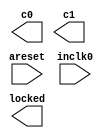
// megafunction wizard: %ALTPLL%VBB%
// GENERATION: STANDARD
// VERSION: WM1.0
// MODULE: altpll 

// ============================================================
// Megafunction Name(s):
// 			altpll
//
// Simulation Library Files(s):
// 			altera_mf
// ============================================================
// ************************************************************
// THIS IS A WIZARD-GENERATED FILE. DO NOT EDIT THIS FILE!
//
// 11.1 Build 173 11/01/2011 SJ Full Version
// ************************************************************

//Copyright (C) 1991-2011 Altera Corporation
//Your use of Altera Corporation's design tools, logic functions 
//and other software and tools, and its AMPP partner logic 
//functions, and any output files from any of the foregoing 
//(including device programming or simulation files), and any 
//associated documentation or information are expressly subject 
//to the terms and conditions of the Altera Program License 
//Subscription Agreement, Altera MegaCore Function License 
//Agreement, or other applicable license agreement, including, 
//without limitation, that your use is for the sole purpose of 
//programming logic devices manufactured by Altera and sold by 
//Altera or its authorized distributors.  Please refer to the 
//applicable agreement for further details.

module pll_clocks (
	areset,
	inclk0,
	c0,
	c1,
	locked);

	input	  areset;
	input	  inclk0;
	output	  c0;
	output	  c1;
	output	  locked;
`ifndef ALTERA_RESERVED_QIS
// synopsys translate_off
`endif
	tri0	  areset;
`ifndef ALTERA_RESERVED_QIS
// synopsys translate_on
`endif

endmodule

// ============================================================
// CNX file retrieval info
// ============================================================
// Retrieval info: PRIVATE: ACTIVECLK_CHECK STRING "0"
// Retrieval info: PRIVATE: BANDWIDTH STRING "1.000"
// Retrieval info: PRIVATE: BANDWIDTH_FEATURE_ENABLED STRING "1"
// Retrieval info: PRIVATE: BANDWIDTH_FREQ_UNIT STRING "MHz"
// Retrieval info: PRIVATE: BANDWIDTH_PRESET STRING "Low"
// Retrieval info: PRIVATE: BANDWIDTH_USE_AUTO STRING "1"
// Retrieval info: PRIVATE: BANDWIDTH_USE_PRESET STRING "0"
// Retrieval info: PRIVATE: CLKBAD_SWITCHOVER_CHECK STRING "0"
// Retrieval info: PRIVATE: CLKLOSS_CHECK STRING "0"
// Retrieval info: PRIVATE: CLKSWITCH_CHECK STRING "0"
// Retrieval info: PRIVATE: CNX_NO_COMPENSATE_RADIO STRING "0"
// Retrieval info: PRIVATE: CREATE_CLKBAD_CHECK STRING "0"
// Retrieval info: PRIVATE: CREATE_INCLK1_CHECK STRING "0"
// Retrieval info: PRIVATE: CUR_DEDICATED_CLK STRING "c0"
// Retrieval info: PRIVATE: CUR_FBIN_CLK STRING "c0"
// Retrieval info: PRIVATE: DEVICE_SPEED_GRADE STRING "Any"
// Retrieval info: PRIVATE: DIV_FACTOR0 NUMERIC "1"
// Retrieval info: PRIVATE: DIV_FACTOR1 NUMERIC "1"
// Retrieval info: PRIVATE: DUTY_CYCLE0 STRING "50.00000000"
// Retrieval info: PRIVATE: DUTY_CYCLE1 STRING "50.00000000"
// Retrieval info: PRIVATE: EFF_OUTPUT_FREQ_VALUE0 STRING "100.000000"
// Retrieval info: PRIVATE: EFF_OUTPUT_FREQ_VALUE1 STRING "50.000000"
// Retrieval info: PRIVATE: EXPLICIT_SWITCHOVER_COUNTER STRING "0"
// Retrieval info: PRIVATE: EXT_FEEDBACK_RADIO STRING "0"
// Retrieval info: PRIVATE: GLOCKED_COUNTER_EDIT_CHANGED STRING "1"
// Retrieval info: PRIVATE: GLOCKED_FEATURE_ENABLED STRING "0"
// Retrieval info: PRIVATE: GLOCKED_MODE_CHECK STRING "0"
// Retrieval info: PRIVATE: GLOCK_COUNTER_EDIT NUMERIC "1048575"
// Retrieval info: PRIVATE: HAS_MANUAL_SWITCHOVER STRING "1"
// Retrieval info: PRIVATE: INCLK0_FREQ_EDIT STRING "100.000"
// Retrieval info: PRIVATE: INCLK0_FREQ_UNIT_COMBO STRING "MHz"
// Retrieval info: PRIVATE: INCLK1_FREQ_EDIT STRING "100.000"
// Retrieval info: PRIVATE: INCLK1_FREQ_EDIT_CHANGED STRING "1"
// Retrieval info: PRIVATE: INCLK1_FREQ_UNIT_CHANGED STRING "1"
// Retrieval info: PRIVATE: INCLK1_FREQ_UNIT_COMBO STRING "MHz"
// Retrieval info: PRIVATE: INTENDED_DEVICE_FAMILY STRING "Stratix IV"
// Retrieval info: PRIVATE: INT_FEEDBACK__MODE_RADIO STRING "1"
// Retrieval info: PRIVATE: LOCKED_OUTPUT_CHECK STRING "1"
// Retrieval info: PRIVATE: LONG_SCAN_RADIO STRING "1"
// Retrieval info: PRIVATE: LVDS_MODE_DATA_RATE STRING "Not Available"
// Retrieval info: PRIVATE: LVDS_MODE_DATA_RATE_DIRTY NUMERIC "0"
// Retrieval info: PRIVATE: LVDS_PHASE_SHIFT_UNIT0 STRING "deg"
// Retrieval info: PRIVATE: LVDS_PHASE_SHIFT_UNIT1 STRING "deg"
// Retrieval info: PRIVATE: MIG_DEVICE_SPEED_GRADE STRING "Any"
// Retrieval info: PRIVATE: MULT_FACTOR0 NUMERIC "1"
// Retrieval info: PRIVATE: MULT_FACTOR1 NUMERIC "1"
// Retrieval info: PRIVATE: NORMAL_MODE_RADIO STRING "1"
// Retrieval info: PRIVATE: OUTPUT_FREQ0 STRING "100.00000000"
// Retrieval info: PRIVATE: OUTPUT_FREQ1 STRING "50.00000000"
// Retrieval info: PRIVATE: OUTPUT_FREQ_MODE0 STRING "1"
// Retrieval info: PRIVATE: OUTPUT_FREQ_MODE1 STRING "1"
// Retrieval info: PRIVATE: OUTPUT_FREQ_UNIT0 STRING "MHz"
// Retrieval info: PRIVATE: OUTPUT_FREQ_UNIT1 STRING "MHz"
// Retrieval info: PRIVATE: PHASE_RECONFIG_FEATURE_ENABLED STRING "1"
// Retrieval info: PRIVATE: PHASE_RECONFIG_INPUTS_CHECK STRING "0"
// Retrieval info: PRIVATE: PHASE_SHIFT0 STRING "0.00000000"
// Retrieval info: PRIVATE: PHASE_SHIFT1 STRING "0.00000000"
// Retrieval info: PRIVATE: PHASE_SHIFT_STEP_ENABLED_CHECK STRING "0"
// Retrieval info: PRIVATE: PHASE_SHIFT_UNIT0 STRING "deg"
// Retrieval info: PRIVATE: PHASE_SHIFT_UNIT1 STRING "deg"
// Retrieval info: PRIVATE: PLL_ADVANCED_PARAM_CHECK STRING "0"
// Retrieval info: PRIVATE: PLL_ARESET_CHECK STRING "1"
// Retrieval info: PRIVATE: PLL_AUTOPLL_CHECK NUMERIC "1"
// Retrieval info: PRIVATE: PLL_ENHPLL_CHECK NUMERIC "0"
// Retrieval info: PRIVATE: PLL_FASTPLL_CHECK NUMERIC "0"
// Retrieval info: PRIVATE: PLL_FBMIMIC_CHECK STRING "0"
// Retrieval info: PRIVATE: PLL_LVDS_PLL_CHECK NUMERIC "0"
// Retrieval info: PRIVATE: PLL_PFDENA_CHECK STRING "0"
// Retrieval info: PRIVATE: PLL_TARGET_HARCOPY_CHECK NUMERIC "0"
// Retrieval info: PRIVATE: PRIMARY_CLK_COMBO STRING "inclk0"
// Retrieval info: PRIVATE: RECONFIG_FILE STRING "pll_clocks.mif"
// Retrieval info: PRIVATE: SACN_INPUTS_CHECK STRING "0"
// Retrieval info: PRIVATE: SCAN_FEATURE_ENABLED STRING "1"
// Retrieval info: PRIVATE: SELF_RESET_LOCK_LOSS STRING "0"
// Retrieval info: PRIVATE: SHORT_SCAN_RADIO STRING "0"
// Retrieval info: PRIVATE: SPREAD_FEATURE_ENABLED STRING "0"
// Retrieval info: PRIVATE: SPREAD_FREQ STRING "50.000"
// Retrieval info: PRIVATE: SPREAD_FREQ_UNIT STRING "KHz"
// Retrieval info: PRIVATE: SPREAD_PERCENT STRING "0.500"
// Retrieval info: PRIVATE: SPREAD_USE STRING "0"
// Retrieval info: PRIVATE: SRC_SYNCH_COMP_RADIO STRING "0"
// Retrieval info: PRIVATE: STICKY_CLK0 STRING "1"
// Retrieval info: PRIVATE: STICKY_CLK1 STRING "1"
// Retrieval info: PRIVATE: SWITCHOVER_COUNT_EDIT NUMERIC "1"
// Retrieval info: PRIVATE: SWITCHOVER_FEATURE_ENABLED STRING "1"
// Retrieval info: PRIVATE: SYNTH_WRAPPER_GEN_POSTFIX STRING "0"
// Retrieval info: PRIVATE: USE_CLK0 STRING "1"
// Retrieval info: PRIVATE: USE_CLK1 STRING "1"
// Retrieval info: PRIVATE: USE_MIL_SPEED_GRADE NUMERIC "0"
// Retrieval info: PRIVATE: ZERO_DELAY_RADIO STRING "0"
// Retrieval info: LIBRARY: altera_mf altera_mf.altera_mf_components.all
// Retrieval info: CONSTANT: BANDWIDTH_TYPE STRING "AUTO"
// Retrieval info: CONSTANT: CLK0_DIVIDE_BY NUMERIC "1"
// Retrieval info: CONSTANT: CLK0_DUTY_CYCLE NUMERIC "50"
// Retrieval info: CONSTANT: CLK0_MULTIPLY_BY NUMERIC "1"
// Retrieval info: CONSTANT: CLK0_PHASE_SHIFT STRING "0"
// Retrieval info: CONSTANT: CLK1_DIVIDE_BY NUMERIC "2"
// Retrieval info: CONSTANT: CLK1_DUTY_CYCLE NUMERIC "50"
// Retrieval info: CONSTANT: CLK1_MULTIPLY_BY NUMERIC "1"
// Retrieval info: CONSTANT: CLK1_PHASE_SHIFT STRING "0"
// Retrieval info: CONSTANT: COMPENSATE_CLOCK STRING "CLK0"
// Retrieval info: CONSTANT: INCLK0_INPUT_FREQUENCY NUMERIC "10000"
// Retrieval info: CONSTANT: INTENDED_DEVICE_FAMILY STRING "Stratix IV"
// Retrieval info: CONSTANT: LPM_TYPE STRING "altpll"
// Retrieval info: CONSTANT: OPERATION_MODE STRING "NORMAL"
// Retrieval info: CONSTANT: PLL_TYPE STRING "AUTO"
// Retrieval info: CONSTANT: PORT_ACTIVECLOCK STRING "PORT_UNUSED"
// Retrieval info: CONSTANT: PORT_ARESET STRING "PORT_USED"
// Retrieval info: CONSTANT: PORT_CLKBAD0 STRING "PORT_UNUSED"
// Retrieval info: CONSTANT: PORT_CLKBAD1 STRING "PORT_UNUSED"
// Retrieval info: CONSTANT: PORT_CLKLOSS STRING "PORT_UNUSED"
// Retrieval info: CONSTANT: PORT_CLKSWITCH STRING "PORT_UNUSED"
// Retrieval info: CONSTANT: PORT_CONFIGUPDATE STRING "PORT_UNUSED"
// Retrieval info: CONSTANT: PORT_FBIN STRING "PORT_UNUSED"
// Retrieval info: CONSTANT: PORT_FBOUT STRING "PORT_UNUSED"
// Retrieval info: CONSTANT: PORT_INCLK0 STRING "PORT_USED"
// Retrieval info: CONSTANT: PORT_INCLK1 STRING "PORT_UNUSED"
// Retrieval info: CONSTANT: PORT_LOCKED STRING "PORT_USED"
// Retrieval info: CONSTANT: PORT_PFDENA STRING "PORT_UNUSED"
// Retrieval info: CONSTANT: PORT_PHASECOUNTERSELECT STRING "PORT_UNUSED"
// Retrieval info: CONSTANT: PORT_PHASEDONE STRING "PORT_UNUSED"
// Retrieval info: CONSTANT: PORT_PHASESTEP STRING "PORT_UNUSED"
// Retrieval info: CONSTANT: PORT_PHASEUPDOWN STRING "PORT_UNUSED"
// Retrieval info: CONSTANT: PORT_PLLENA STRING "PORT_UNUSED"
// Retrieval info: CONSTANT: PORT_SCANACLR STRING "PORT_UNUSED"
// Retrieval info: CONSTANT: PORT_SCANCLK STRING "PORT_UNUSED"
// Retrieval info: CONSTANT: PORT_SCANCLKENA STRING "PORT_UNUSED"
// Retrieval info: CONSTANT: PORT_SCANDATA STRING "PORT_UNUSED"
// Retrieval info: CONSTANT: PORT_SCANDATAOUT STRING "PORT_UNUSED"
// Retrieval info: CONSTANT: PORT_SCANDONE STRING "PORT_UNUSED"
// Retrieval info: CONSTANT: PORT_SCANREAD STRING "PORT_UNUSED"
// Retrieval info: CONSTANT: PORT_SCANWRITE STRING "PORT_UNUSED"
// Retrieval info: CONSTANT: PORT_clk0 STRING "PORT_USED"
// Retrieval info: CONSTANT: PORT_clk1 STRING "PORT_USED"
// Retrieval info: CONSTANT: PORT_clk2 STRING "PORT_UNUSED"
// Retrieval info: CONSTANT: PORT_clk3 STRING "PORT_UNUSED"
// Retrieval info: CONSTANT: PORT_clk4 STRING "PORT_UNUSED"
// Retrieval info: CONSTANT: PORT_clk5 STRING "PORT_UNUSED"
// Retrieval info: CONSTANT: PORT_clk6 STRING "PORT_UNUSED"
// Retrieval info: CONSTANT: PORT_clk7 STRING "PORT_UNUSED"
// Retrieval info: CONSTANT: PORT_clk8 STRING "PORT_UNUSED"
// Retrieval info: CONSTANT: PORT_clk9 STRING "PORT_UNUSED"
// Retrieval info: CONSTANT: PORT_clkena0 STRING "PORT_UNUSED"
// Retrieval info: CONSTANT: PORT_clkena1 STRING "PORT_UNUSED"
// Retrieval info: CONSTANT: PORT_clkena2 STRING "PORT_UNUSED"
// Retrieval info: CONSTANT: PORT_clkena3 STRING "PORT_UNUSED"
// Retrieval info: CONSTANT: PORT_clkena4 STRING "PORT_UNUSED"
// Retrieval info: CONSTANT: PORT_clkena5 STRING "PORT_UNUSED"
// Retrieval info: CONSTANT: SELF_RESET_ON_LOSS_LOCK STRING "OFF"
// Retrieval info: CONSTANT: USING_FBMIMICBIDIR_PORT STRING "OFF"
// Retrieval info: CONSTANT: WIDTH_CLOCK NUMERIC "10"
// Retrieval info: USED_PORT: @clk 0 0 10 0 OUTPUT_CLK_EXT VCC "@clk[9..0]"
// Retrieval info: USED_PORT: areset 0 0 0 0 INPUT GND "areset"
// Retrieval info: USED_PORT: c0 0 0 0 0 OUTPUT_CLK_EXT VCC "c0"
// Retrieval info: USED_PORT: c1 0 0 0 0 OUTPUT_CLK_EXT VCC "c1"
// Retrieval info: USED_PORT: inclk0 0 0 0 0 INPUT_CLK_EXT GND "inclk0"
// Retrieval info: USED_PORT: locked 0 0 0 0 OUTPUT GND "locked"
// Retrieval info: CONNECT: @areset 0 0 0 0 areset 0 0 0 0
// Retrieval info: CONNECT: @inclk 0 0 1 1 GND 0 0 0 0
// Retrieval info: CONNECT: @inclk 0 0 1 0 inclk0 0 0 0 0
// Retrieval info: CONNECT: c0 0 0 0 0 @clk 0 0 1 0
// Retrieval info: CONNECT: c1 0 0 0 0 @clk 0 0 1 1
// Retrieval info: CONNECT: locked 0 0 0 0 @locked 0 0 0 0
// Retrieval info: GEN_FILE: TYPE_NORMAL pll_clocks.v TRUE
// Retrieval info: GEN_FILE: TYPE_NORMAL pll_clocks.ppf TRUE
// Retrieval info: GEN_FILE: TYPE_NORMAL pll_clocks.inc FALSE
// Retrieval info: GEN_FILE: TYPE_NORMAL pll_clocks.cmp FALSE
// Retrieval info: GEN_FILE: TYPE_NORMAL pll_clocks.bsf FALSE
// Retrieval info: GEN_FILE: TYPE_NORMAL pll_clocks_inst.v TRUE
// Retrieval info: GEN_FILE: TYPE_NORMAL pll_clocks_bb.v TRUE
// Retrieval info: LIB_FILE: altera_mf
// Retrieval info: CBX_MODULE_PREFIX: ON